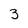
Character: 3